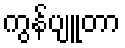
ကွန်ပျူတာ